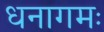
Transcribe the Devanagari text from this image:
धनागमः